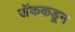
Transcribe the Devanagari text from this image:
जॅककडून